Annual report of the Civil Veterinary Department, Bengal, for the year 1897-98 - 1897-1898
Year: 1897
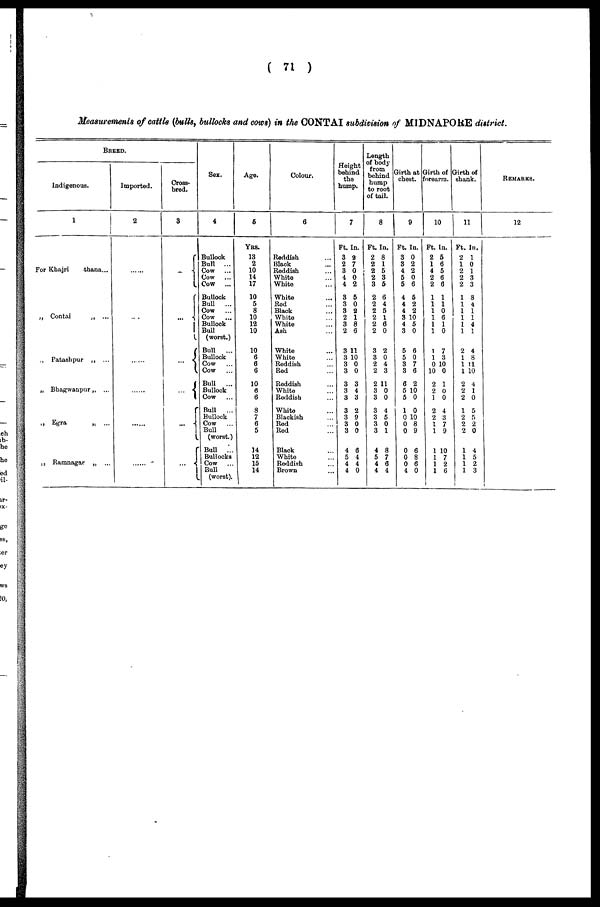
( 71 )
Measurements of cattle (bulls, bullocks and cows) in the CONTAI subdivision of MIDNAPORE district.
BREED.
Indigenous.
For Khajri
thana...
„ Contai
„ ...
., Patashpur „ ...
„ Bhagwanpur„ ...
„ Egra
„ ...
„ Ramnagar „ ...
Imported.
2
....
.....
.....
......
.....
Cross-
bred.
3
...
...
...
...
...
...
Sex.
4
Bullock
Bull
...
Cow
...
Cow ...
Cow
...
Bullock
Bull
...
Cow
...
Cow
...
Bullock
Bull
(worst.)
Bull
...
Bullock
Cow ...
Cow
...
Bull
...
Bullock
Cow
...
Bull
...
Bullock
Cow
...
Bull
(worst.)
Bull ...
Bullocks
Cow
...
Bull
(worst).
Age.
5
YRS.
13
2
10
14
17
10
5
8
10
12
10
10
6
6
6
10
6
6
8
7
6
5
14
12
15
14
Colour.
Reddish ...
Black ...
Reddish ...
White ...
White ...
White ...
Red ...
Black ...
White ...
White ...
Ash ...
White ...
White ...
Reddish ...
Red ...
Reddish ...
White ...
Reddish ...
White ...
Blackish ...
Red ...
Red ...
Black ...
White ...
Reddish ...
Brown ...
Height
behind
the
hump.
7
Ft. I
3 2
2 7
3 0
4 0
4 2
3 5
3
3
2
3
2
3 1
3 1
3
3
3
3
3
3
3
3
3
4
5
4
4
n.
0
2
1
8
6
1
0
0
0
3
4
3
2
9
0
0
6
4
4
0
Length
of body
from
behind
hump
to root
of tail.
8
Ft. I
2 8
2 1
2 5
2 3
3 5
2
2
2
2
2
2
3
3
2
2
2 1
3
3
3 4
3
3
31
4
5
4
4
n.
6
4
5
1
6
0
2
0
4
3
1
0
0
5
0
8
7
6
4
Girth at
chest.
9
Ft. I
3 0
3 2
4 2
5 0
5 6
4
4
4
3 1
4
3
5
5
3
3
8
5 1
5
1
0 1
0
0
0
0
0
4
n.
5
2
2
0
5
0
6
0
7
6
2
0
0
0
0
8
9
6
8
6
0
Girth of
forearm.
10
Ft. I
2
1
4
2
2
1
1
1
1
1
1
1
1
0
10
2
2
1
2
2
1
1
1
1
1
1
n.
5
6
5
6
6
1
1
0
6
1
0
7
3
10
0
1
0
0
4
3
7
9
10
7
2
6
Girth of
shank.
11
Ft. I
2
1 0
2
2
2
1
1
1
1
1
1
2
1
1 1
1 1
2
2
2
1
2 5
2
2
1
1
1
1
n.
1
1
3
3
8
4
1
1
4
1
4
8
1
0
4
1
0
5
2
0
4
5
2
3
REMARKS.
12